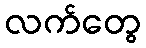
လက်တွေ